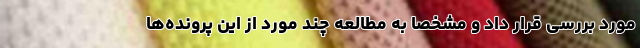
مورد بررسی قرار داد و مشخصاً به مطالعه چند مورد از این پرونده‌ها